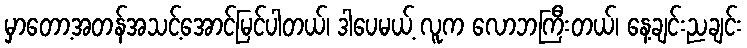
မှာတော့အတန်အသင့်အောင်မြင်ပါတယ်၊ ဒါပေမယ့် လူက လောဘကြီးတယ်၊ နေ့ချင်းညချင်း